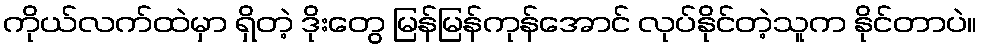
ကိုယ်လက်ထဲမှာ ရှိတဲ့ ဒိုးတွေ မြန်မြန်ကုန်အောင် လုပ်နိုင်တဲ့သူက နိုင်တာပဲ။